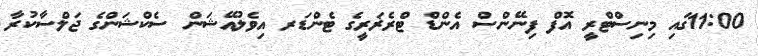
11:00ގައި މިނިސްޓްރީ އޮފް ފިނޭންސް އެންޑް ޓްރެޜަރީގެ ޓެންޑަރ އިވެލުއޭޝަން ސެކްޝަންގެ ޖަލްސާކުރާ